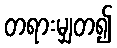
တရားမျှတ၍